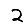
Digit: 2